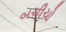
બચીચો